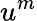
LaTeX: u^{m}